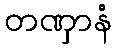
တဏှာနံ